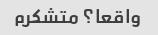
واقعا؟ متشکرم